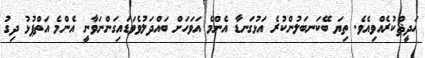
ހަދީޘްކުރެއްވިއެވެ. ތިޔަ ބޭކަނބަލުންކުރެ އަޅުގަނޑާ އެންމެ އަވަހަށް ބައްދަލުވެވަޑައިގަންނަވާނީ އެންމެ އަތްޕުޅު ދިގު